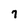
Character: 7